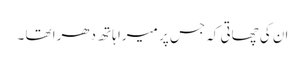
ان کی چھاتی کہ جس پر میرا ہاتھ دھرا تھا ۔